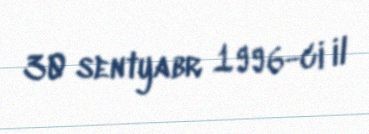
30 sentyabr 1996-ci il